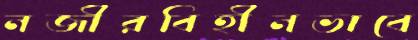
নজীরবিহীনভাবে